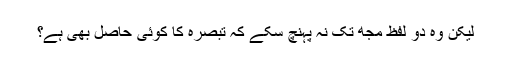
لیکن وہ دو لفظ مجھ تک نہ پہنچ سکے کہ تبصرہ کا کوئی حاصل بھی ہے؟